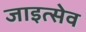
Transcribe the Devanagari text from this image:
जाइत्सेव